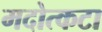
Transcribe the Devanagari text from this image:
मदोत्कटा